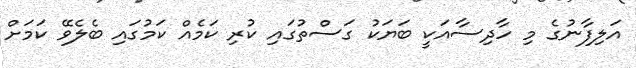
އަލިފާނުގެ މި ހާދިސާއަކީ ބަޔަކު ގަސްތުގައި ކުރި ކަމެއް ކަމުގައި ބެލެވޭ ކަމަށް